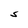
Character: S